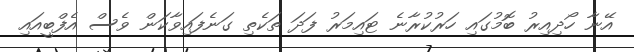
އޭނާ ހޯދިއިރު ބޮމުގައި ހަރުކުރާނެ ޓައިމަރު ފަދަ ތަކެތި ގަނެފައިވާކަން ވެސް އެފްބީއައި